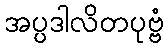
အပ္ပဒါလိတပုဗ္ဗံ